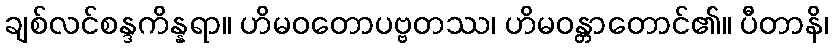
ချစ်လင်စန္ဒကိန္နရာ။ ဟိမဝတောပဗ္ဗတဿ၊ ဟိမဝန္တာတောင်၏။ ပီတာနိ၊